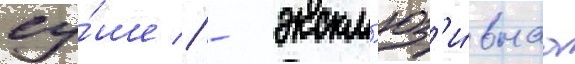
су́ше // - экскл'юз'и́внаа